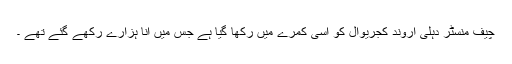
چیف منسٹر دہلی اروند کجریوال کو اُسی کمرے میں رکھا گیا ہے جس میں انا ہزارے رکھے گئے تھے ۔